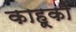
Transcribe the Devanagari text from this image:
काहूकी